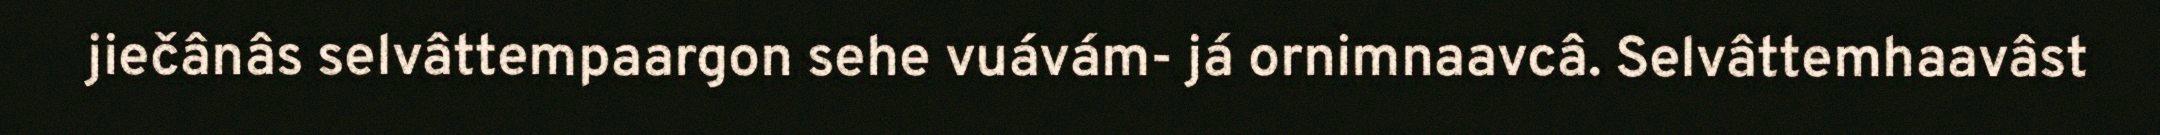
jiečânâs selvâttempaargon sehe vuávám- já ornimnaavcâ. Selvâttemhaavâst